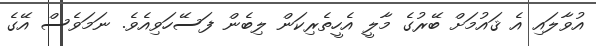
އުވާލައި އެ ޤައުމަށް ބޭރުގެ މާލީ އެހީތެރިކަން ލިބެން ފަސޭހަވިއެވެ. ނަމަވެސް އޭގެ